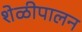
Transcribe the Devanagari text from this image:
शेळीपालन